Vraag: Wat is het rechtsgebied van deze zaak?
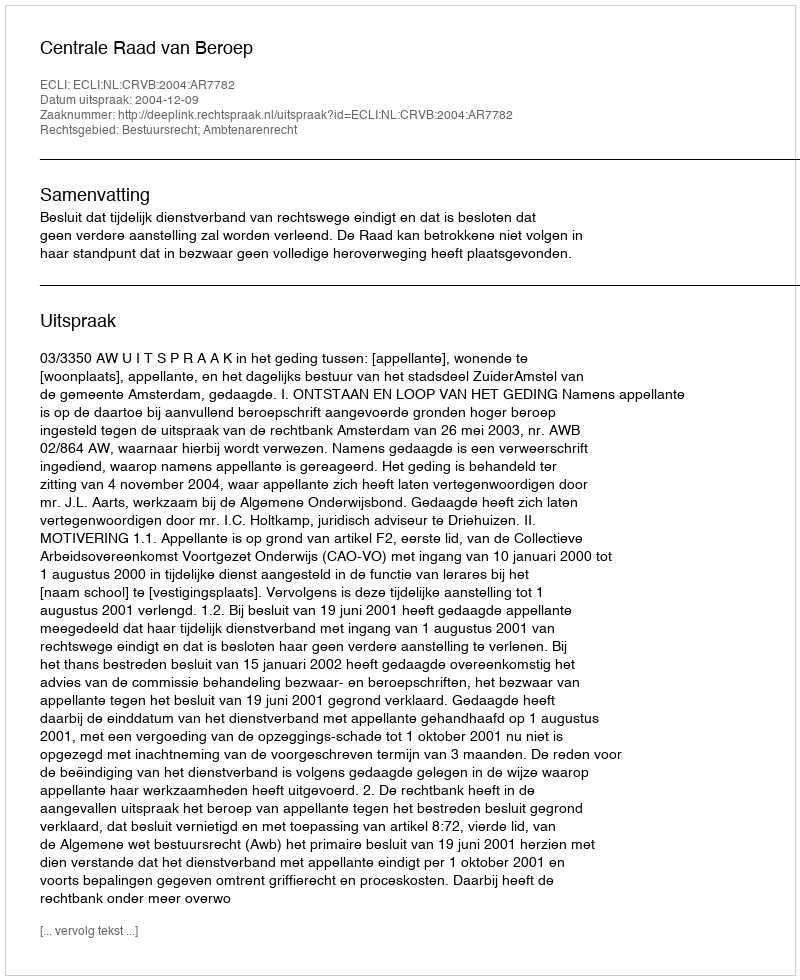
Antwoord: Bestuursrecht; Ambtenarenrecht